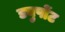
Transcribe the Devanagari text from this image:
ड्युपोंट